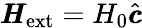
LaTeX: \pmb{H}_{\mathrm{ext}}=H_{0}\hat{\pmb{c}}